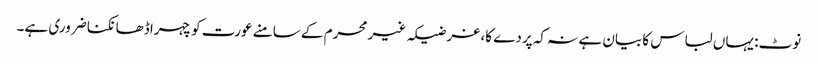
نوٹ: یہاں لباس کا بیان ہے نہ کہ پردے کا، غرضیکہ غیر محرم کے سامنے عورت کو چہرا ڈھانکنا ضروری ہے۔